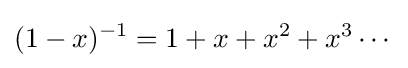
(1-x)^{-1}=1+x+x^{2}+x^{3}\cdots